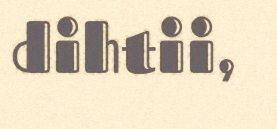
dihtii,